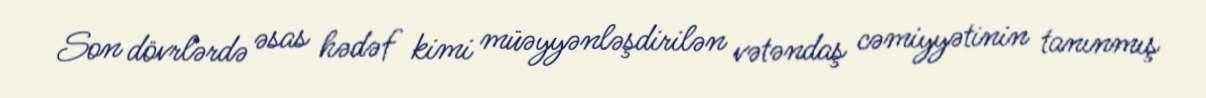
Son dövrlərdə əsas hədəf kimi müəyyənləşdirilən vətəndaş cəmiyyətinin tanınmış